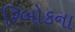
રિબોકના